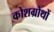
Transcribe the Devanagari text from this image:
कोशग्रोथों